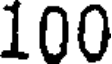
100